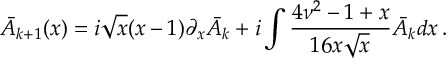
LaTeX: \bar { A } _ { k + 1 } ( x ) = i \sqrt { x } ( x - 1 ) \partial _ { x } \bar { A } _ { k } + i \int \frac { 4 \nu ^ { 2 } - 1 + x } { 1 6 x \sqrt { x } } \bar { A } _ { k } d x \, .